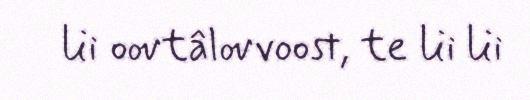
lii oovtâlovvoost, te lii lii